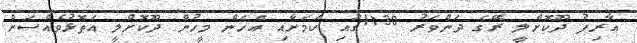
އާރިފު ދޫކޮށްލީ ރޭގެ ދަންވަރު 1:30ގައި ކަމަށާއި އެހެން މީހުން ދޫކޮށްލީ އަތޮޅުވެއްސަށް